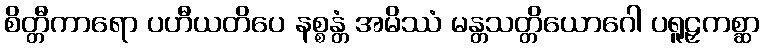
စိတ္တီကာရော ပဟီယတိပေ နစ္စန္တံ အမိဿံ မန္တသတ္တိယောဂေါ ပရူဠှကစ္ဆာ